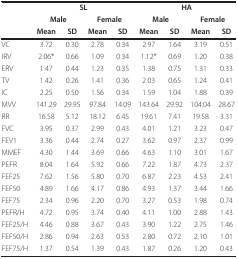
<table><thead><tr><td></td><td colspan="4"><b>SL</b></td><td colspan="4"><b>HA</b></td></tr><tr><td></td><td colspan="2"><b>Male</b></td><td colspan="2"><b>Female</b></td><td colspan="2"><b>Male</b></td><td colspan="2"><b>Female</b></td></tr><tr><td></td><td><b>Mean</b></td><td><b>SD</b></td><td><b>Mean</b></td><td><b>SD</b></td><td><b>Mean</b></td><td><b>SD</b></td><td><b>Mean</b></td><td><b>SD</b></td></tr></thead><tbody><tr><td>VC</td><td>3.72</td><td>0.30</td><td>2.78</td><td>0.34</td><td>2.97</td><td>1.64</td><td>3.19</td><td>0.51</td></tr><tr><td>IRV</td><td>2.06*</td><td>0.66</td><td>1.09</td><td>0.34</td><td>1.12*</td><td>0.69</td><td>1.20</td><td>0.38</td></tr><tr><td>ERV</td><td>1.47</td><td>0.44</td><td>1.23</td><td>0.35</td><td>1.38</td><td>0.75</td><td>1.31</td><td>0.33</td></tr><tr><td>TV</td><td>1.42</td><td>0.26</td><td>1.41</td><td>0.36</td><td>2.03</td><td>0.65</td><td>1.24</td><td>0.41</td></tr><tr><td>IC</td><td>2.25</td><td>0.50</td><td>1.56</td><td>0.34</td><td>1.59</td><td>1.04</td><td>1.88</td><td>0.39</td></tr><tr><td>MVV</td><td>141.29</td><td>29.95</td><td>97.84</td><td>14.09</td><td>143.64</td><td>29.92</td><td>104.04</td><td>28.67</td></tr><tr><td>RR</td><td>16.58</td><td>5.12</td><td>18.12</td><td>6.45</td><td>19.61</td><td>7.41</td><td>19.58</td><td>3.31</td></tr><tr><td>FVC</td><td>3.95</td><td>0.37</td><td>2.99</td><td>0.43</td><td>4.01</td><td>1.21</td><td>3.23</td><td>0.47</td></tr><tr><td>FEV1</td><td>3.36</td><td>0.44</td><td>2.74</td><td>0.27</td><td>3.62</td><td>0.97</td><td>2.37</td><td>0.99</td></tr><tr><td>MMEF</td><td>4.30</td><td>1.44</td><td>3.69</td><td>0.66</td><td>4.63</td><td>1.10</td><td>3.01</td><td>1.67</td></tr><tr><td>PEFR</td><td>8.04</td><td>1.64</td><td>5.92</td><td>0.66</td><td>7.22</td><td>1.87</td><td>4.73</td><td>2.37</td></tr><tr><td>FEF25</td><td>7.62</td><td>1.56</td><td>5.80</td><td>0.70</td><td>6.87</td><td>2.23</td><td>4.53</td><td>2.41</td></tr><tr><td>FEF50</td><td>4.89</td><td>1.66</td><td>4.17</td><td>0.86</td><td>4.93</td><td>1.37</td><td>3.44</td><td>1.66</td></tr><tr><td>FEF75</td><td>2.34</td><td>0.96</td><td>2.20</td><td>0.70</td><td>3.27</td><td>0.53</td><td>1.98</td><td>0.74</td></tr><tr><td>PEFR/H</td><td>4.72</td><td>0.95</td><td>3.74</td><td>0.40</td><td>4.11</td><td>1.00</td><td>2.88</td><td>1.43</td></tr><tr><td>FEF25/H</td><td>4.46</td><td>0.88</td><td>3.67</td><td>0.43</td><td>3.90</td><td>1.22</td><td>2.75</td><td>1.46</td></tr><tr><td>FEF50/H</td><td>2.86</td><td>0.94</td><td>2.63</td><td>0.53</td><td>2.80</td><td>0.72</td><td>2.10</td><td>1.01</td></tr><tr><td>FEF75/H</td><td>1.37</td><td>0.54</td><td>1.39</td><td>0.43</td><td>1.87</td><td>0.26</td><td>1.20</td><td>0.43</td></tr></tbody></table>